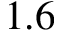
1 . 6